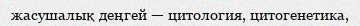
жасушалық деңгей — цитология, цитогенетика,